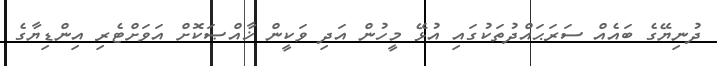
ދުނިޔޭގެ ބައެއް ސަރަޙައްދުތަކުގައި އުޅޭ މީހުން އަދި ވަކީން ޚާއްޞަކޮށް އަވަށްޓެރި އިންޑިޔާގެ